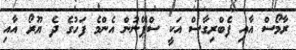
ރާމޯސް އާއި ފެބްރިގާސް އަކީ ސްޕޭނުން އެންމެ ފަހުގެ ދެ ޔޫރޯ އާއި